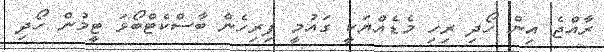
ރާއްޖެ އިން ހޯދި ރިހި މެޑެއްޔަކީ ގައުމީ ފިރިހެން ބާސްކެޓްބޯޅަ ޓީމުން ހޯދި